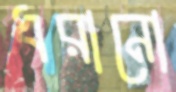
ধরানো